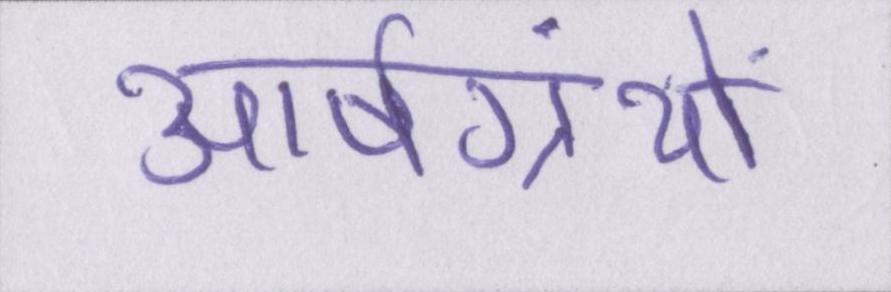
आर्षग्रंथों